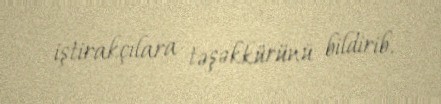
iştirakçılara təşəkkürünü bildirib.